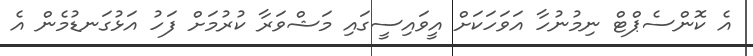
އެ ކޮންސެޕްޓް ނިމުނުހާ އަވަހަކަށް އީވައިސީގައި މަޝްވަރާ ކުރުމަށް ފަހު އަޅުގަނޑުމެން އެ